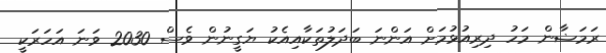
ރަމަޟާން މަހު ދިރިއުޅުމަށް އަންނަ ބަދަލުތަކާއިއެކު ޔަގީނުން ވެސް 2030 ވަނަ އަހަރަކީ